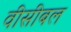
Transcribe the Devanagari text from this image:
वीसीबल